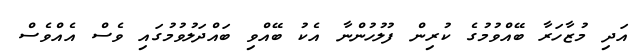
އަދި މުޒާހަރާ ބޭއްވުމުގެ ކުރިން ފުލުހުންނާ އެކު ބޭއްވި ބައްދަލުވުމުގައި ވެސް އެއްވެސް